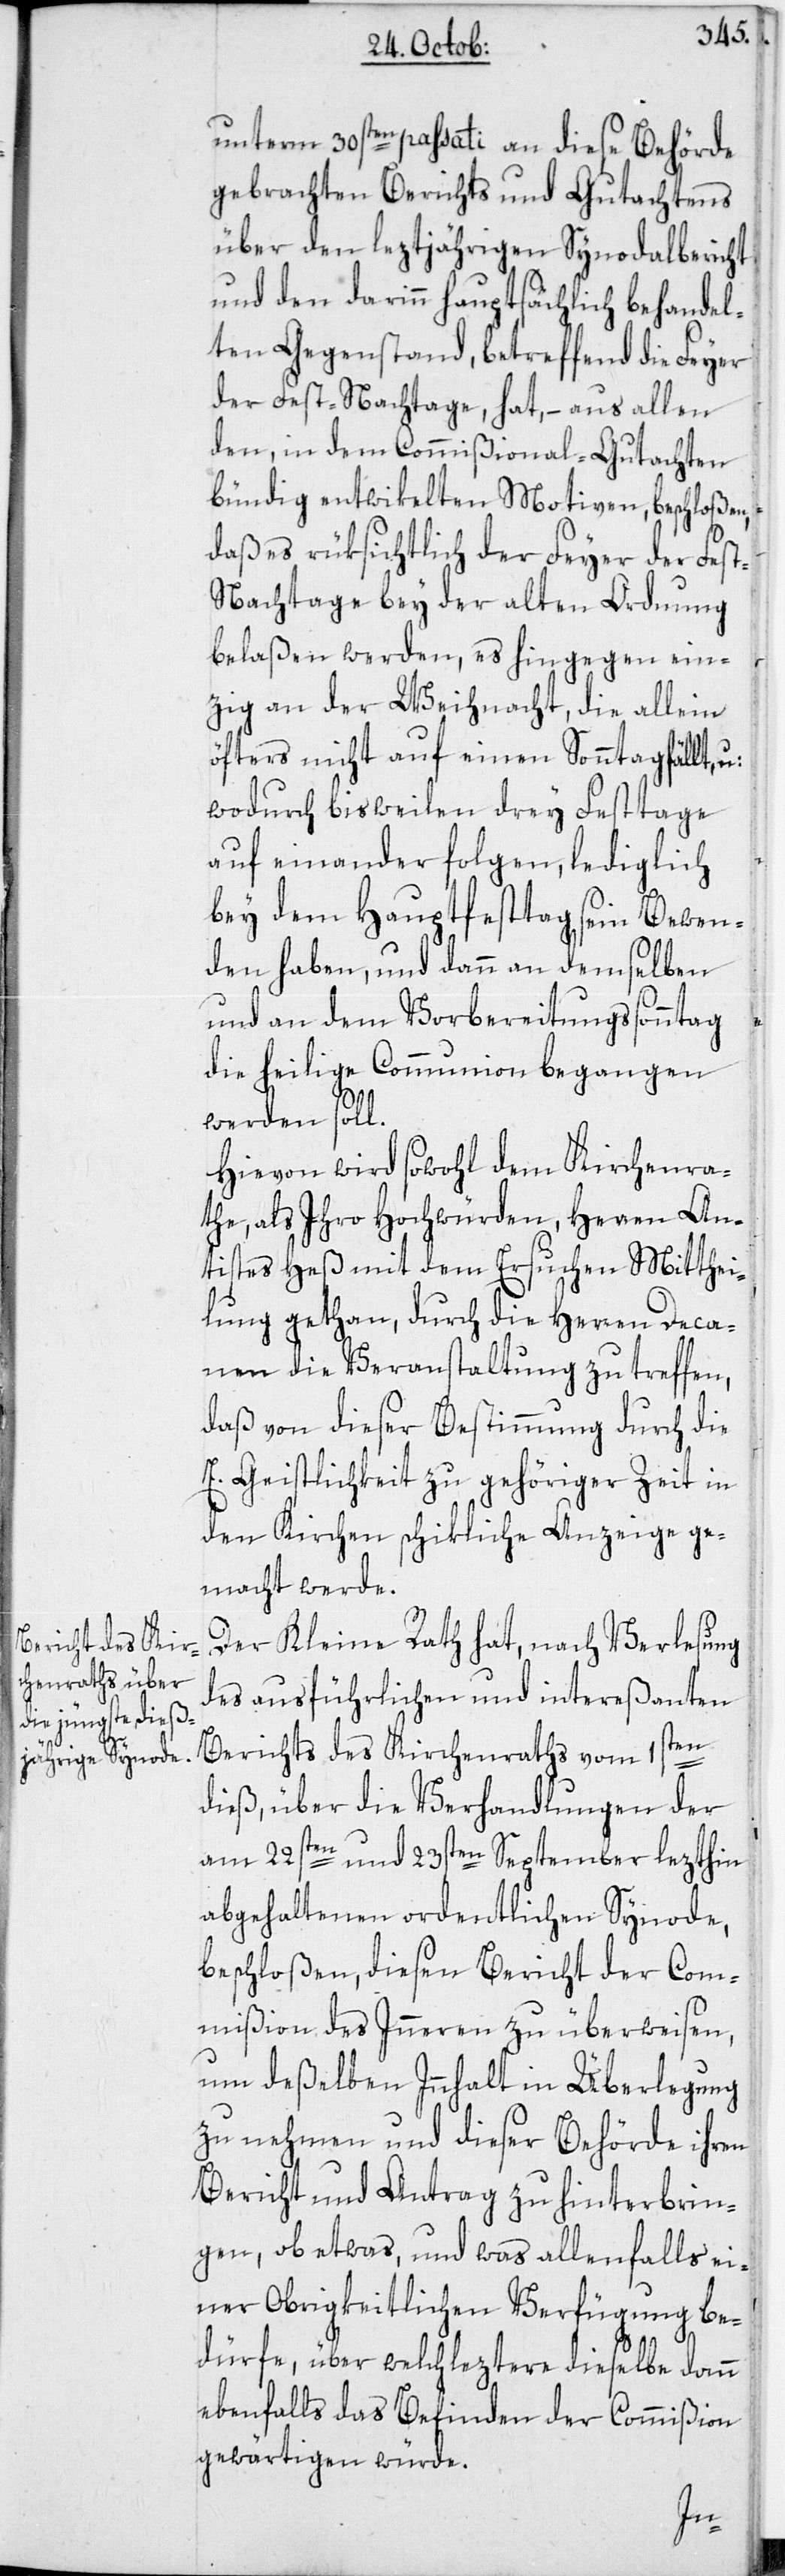
unterm 30sten passati an diese Behörde
gebrachten Berichts und Gutachtens
über den leztjährigen Synodalbericht
und den darinn hauptsächlich behandel¬
ten Gegenstand, betreffend die Feyer
der Fest-Nachtage, hat – aus allen
den, in dem Commißional-Gutachten
bündig entwikelten Motiven, beschloßen,
daß es rüksichtlich der Feyer der Fes¬
t-Nachtage bey der alten Ordnung
belaßen werden, es hingegen ein¬
zig an der Weihnacht, die allein
öfters nicht auf einen Sonntag fällt,
wodurch bisweilen drey Festtage
auf einander folgen, lediglich
bey dem Hauptfesttag sein Bewen¬
den haben, und dann an demselben
und an dem Vorbereitungssonntag
die heilige Communion begangen
werden soll.
Hievon wird sowohl dem Kirchenra¬
the, als Ihro Hochwürden, Herren An¬
tistes Heß mit dem Ersuchen Mitthei¬
lung gethan, durch die Herren Deca¬
nen die Veranstaltung zu treffen,
daß von dieser Bestimmung durch die
E. Geistlichkeit zu gehöriger Zeit in
den Kirchen schikliche Anzeige ge¬
macht werde.
Der Kleine Rath hat, nach Verlesung
des ausführlichen und intereßanten
Berichts des Kirchenraths vom 1sten
dieß, über die Verhandlungen der
am 22sten und 23sten September lezthin
abgehaltenen ordentlichen Synode,
beschloßen, diesen Bericht der Com¬
mißion des Inneren zu überweisen,
um deßelben Innhalt in Überlegung
zu nehmen und dieser Behörde ihren
Bericht und Antrag zu hinterbrin¬
gen, ob etwas, und was allenfalls ei¬
ner Obrigkeitlichen Verfügung be¬
dürfe, über welch leztere dieselbe dann
ebenfalls das Befinden der Commißion
gewärtigen würde.